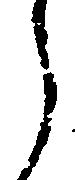
う